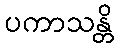
ပကာသန္တိ